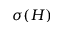
\sigma ( H )